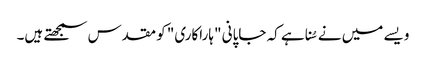
ویسے میں نے سُنا ہے کہ جاپانی "ہاراکاری" کو مقدس سمجھتے ہیں۔